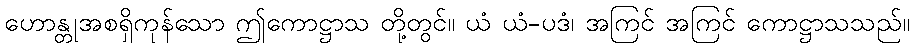
ဟောန္တုအစရှိကုန်သော ဤကောဋ္ဌာသ တို့တွင်။ ယံ ယံ-ပဒံ၊ အကြင် အကြင် ကောဋ္ဌာသသည်။